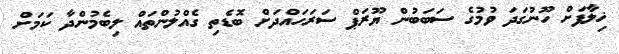
ޚިލާފަށް ހޫނުގަދަ ވުމުގެ ސަބަބުން ޔޫރަޕް ސަރަހައްދަށް ބޮޑެތި ގެއްލުންތައް ލިބެމުންދާ ކަމަށް